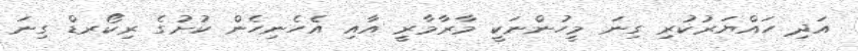
އަދި ހައްޔަރުކުރި ގިނަ މީހުންނަކީ މާރާމާރީ އާއި އެހެނިހެން ކުށުގެ ރިކޯރޑް ގިނަ